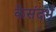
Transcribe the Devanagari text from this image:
केसंदर्भ